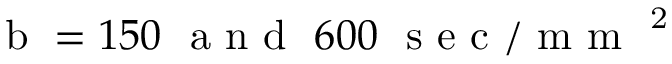
\mathrm { ~ b ~ } = 1 5 0 \ \mathrm { ~ a ~ n ~ d ~ } \ 6 0 0 \ \mathrm { ~ s ~ e ~ c ~ / ~ m ~ m ~ } ^ { \mathrm { ~ 2 ~ } }